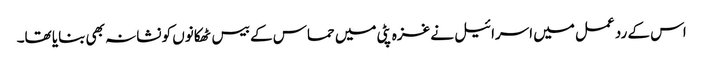
اس کے رد عمل میں اسرائیل نے غزہ پٹی میں حماس کے بیس ٹھکانوں کو نشانہ بھی بنایا تھا۔